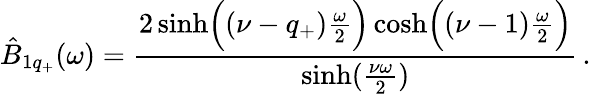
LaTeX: \hat{B}_{1q_{+}}(\omega)={\frac{2\sinh\Bigl((\nu-q_{+}){\frac{\omega}{2}}\Bigr)\cosh\Bigl((\nu-1){\frac{\omega}{2}}\Bigr)}{\sinh({\frac{\nu\omega}{2}})}}\, .